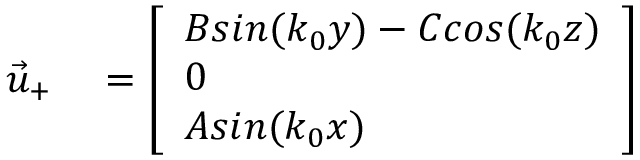
\begin{array} { r l } { \vec { u } _ { + } } & { { } = \left[ \begin{array} { l } { B s i n ( k _ { 0 } y ) - C c o s ( k _ { 0 } z ) } \\ { 0 } \\ { A s i n ( k _ { 0 } x ) } \end{array} \right] } \end{array}